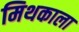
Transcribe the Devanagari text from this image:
मिथकाला